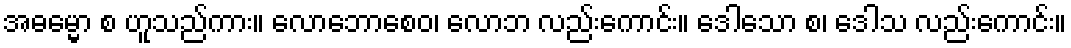
အဓမ္မော စ ဟူသည်ကား။ လောဘောစေဝ၊ လောဘ လည်းကောင်း။ ဒေါသော စ၊ ဒေါသ လည်းကောင်း။